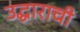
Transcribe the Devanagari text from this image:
उद्धाराची